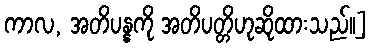
ကာလ, အတိပန္နကို အတိပတ္တိဟုဆိုထားသည်၊၊]